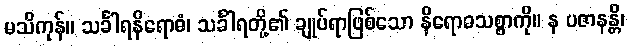
မသိကုန်။ သင်္ခါရနိရောဓံ၊ သင်္ခါရတို့၏ ချုပ်ရာဖြစ်သော နိရောဓသစ္စာကို။ န ပဇာနန္တိ၊